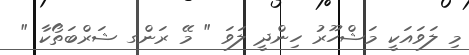
މި ލަވައަކީ މަޝްހޫރު ހިންދީ ލަވަ " މޭ ރަންގ ޝަރްބަތޯކާ "